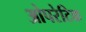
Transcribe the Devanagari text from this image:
ओपरेटिक